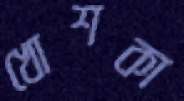
খোশকা